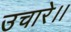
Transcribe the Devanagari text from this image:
उचारे।।